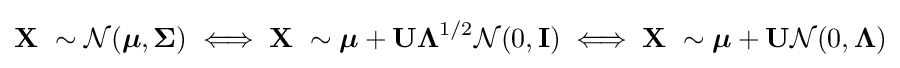
\mathbf {X} \ \sim {\mathcal {N}}({\boldsymbol {\mu }},{\boldsymbol {\Sigma }})\iff \mathbf {X} \ \sim {\boldsymbol {\mu }}+\mathbf {U} {\boldsymbol {\Lambda }}^{1/2}{\mathcal {N}}(0,\mathbf {I} )\iff \mathbf {X} \ \sim {\boldsymbol {\mu }}+\mathbf {U} {\mathcal {N}}(0,{\boldsymbol {\Lambda }})